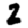
Digit: 2